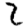
Digit: 2